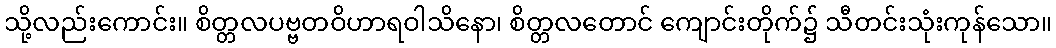
သို့လည်းကောင်း။ စိတ္တလပဗ္ဗတဝိဟာရဝါသိနော၊ စိတ္တလတောင် ကျောင်းတိုက်၌ သီတင်းသုံးကုန်သော။